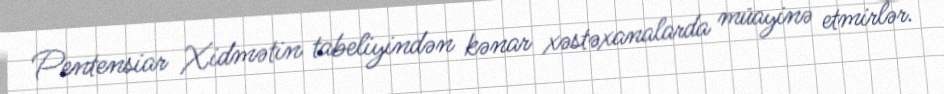
Pentensiar Xidmətin tabeliyindən kənar xəstəxanalarda müayinə etmirlər.